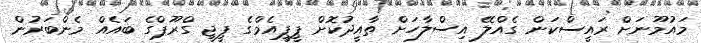
މައުމޫނަށް ރައީސްކަން ގެއްލޭ އިސްލާހަށް ތާއީދުކޮށް ޕީޕީއެމްގެ ޕީޖީ ގްރޫޕްގެ ބައެއް މެންބަރުން